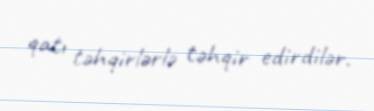
qatı təhqirlərlə təhqir edirdilər.